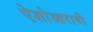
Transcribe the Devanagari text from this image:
ऐशोआरामी